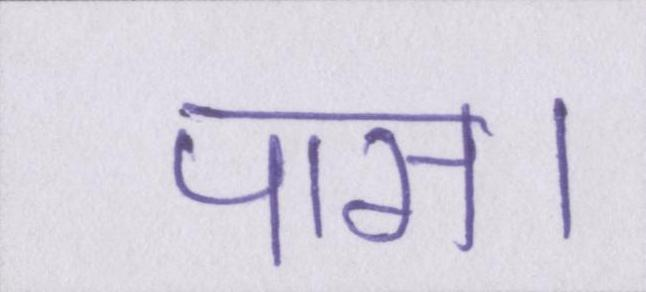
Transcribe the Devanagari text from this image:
पास।